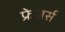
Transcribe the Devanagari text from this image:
फ्रेजर्स